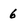
Character: 6